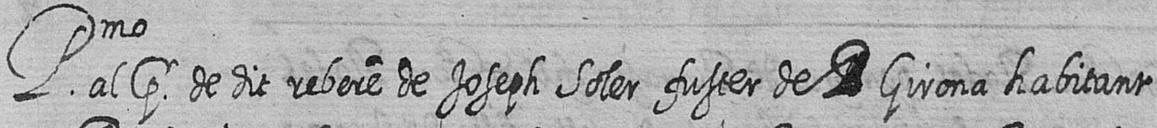
Pmo al pr de dit rebere de Joseph Soler fuster de # Girona habitant